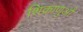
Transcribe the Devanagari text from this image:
शिक्राणुओं